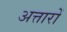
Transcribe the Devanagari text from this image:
अत्तारों